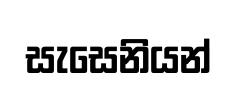
සැසෙනියන්